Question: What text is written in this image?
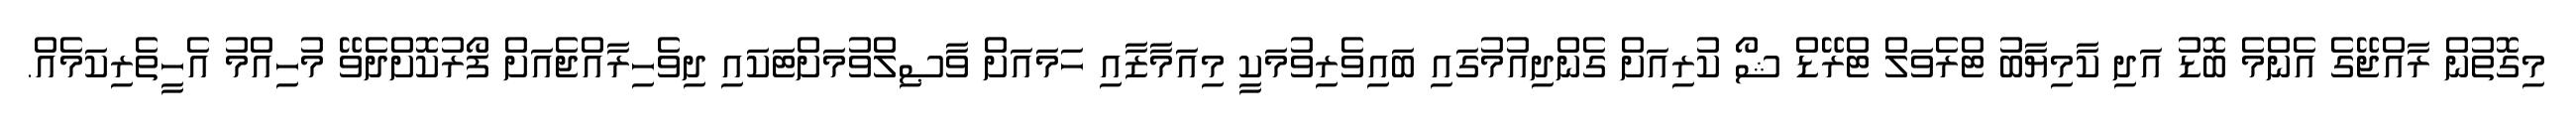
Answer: މިގޮތުން ރާއްޖޭގެ އެންމެ ބޮޑު އަދި ކާމިޔާބު ޓްރެވަލް ޓްރޭޑް ޝޯ ކުރިއަށް ގެންދިއުމުގައި ބައިވެރިވުމަކީ މިއަމާޒާއި ހަމައަށް ވާޞިލްވުމަށްޓަކައި ދިވެހިރާއްޖެއަށް ފޯރުކޮށްދެވޭ މުހިއްމު އެހީތެރިކަމެއް.